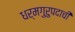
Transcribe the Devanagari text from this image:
धर्मगुरुपदाची